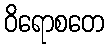
ဝိရောစတေ